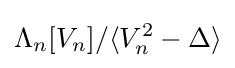
\Lambda _{n}[V_{n}]/\langle V_{n}^{2}-\Delta \rangle